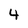
Character: 4